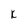
Character: K